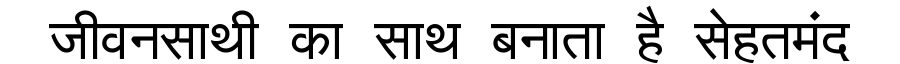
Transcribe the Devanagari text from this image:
जीवनसाथी का साथ बनाता है सेहतमंद